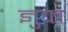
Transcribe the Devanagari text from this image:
ज्ञुप्‍त